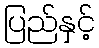
ပြည်နှင့်